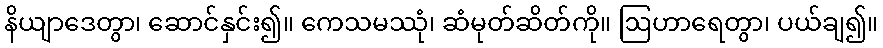
နိယျာဒေတွာ၊ ဆောင်နှင်း၍။ ကေသမဿုံ၊ ဆံမုတ်ဆိတ်ကို။ ဩဟာရေတွာ၊ ပယ်ချ၍။